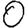
Digit: 0